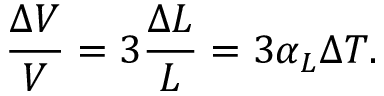
{ \frac { \Delta V } { V } } = 3 { \frac { \Delta L } { L } } = 3 \alpha _ { L } \Delta T .